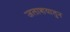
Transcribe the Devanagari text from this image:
जलाशयातुन